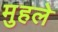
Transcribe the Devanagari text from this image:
मुहले